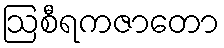
ဩစီရကဇာတော